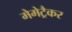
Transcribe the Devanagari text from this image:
मेमेट्रैकर